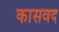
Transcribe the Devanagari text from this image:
कासवद